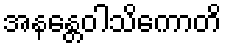
အနန္တေဝါသိကောတိ